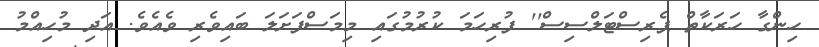
ހިންގާ ހަރަކާތް ޕެރިސްޓަލްސިސް'' ފުރިހަމަ ކުރުމުގައި މިމަސްފަށަލަ ބައިވެރި ވެއެވެ. އަދި މުހިއްމު